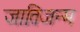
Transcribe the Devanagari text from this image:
जातिजन्म